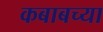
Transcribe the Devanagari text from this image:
कबाबच्या